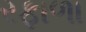
રફાળા